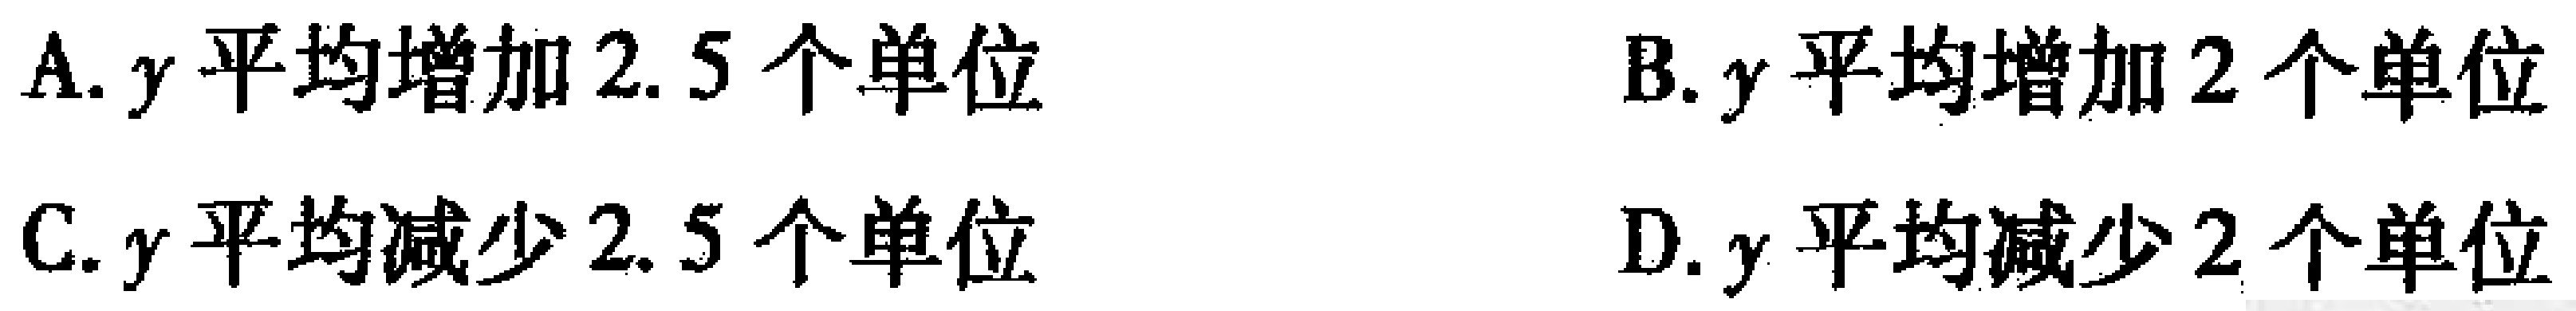
A. \(y\)平均增加2.5个单位

B. \(y\)平均增加2个单位

C. \(y\)平均减少2.5个单位

D. \(y\)平均减少2个单位